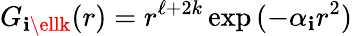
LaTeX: G_{\mathbf{i}\ellk}(r)=r^{\ell+2k}\exp{(-\alpha_{\mathbf{i}}r^{2})}